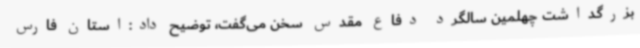
بزرگداشت چهلمین سالگرد دفاع مقدس سخن می‌گفت، توضیح داد:استان فارس